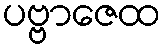
ပဗ္ဗာဇေထ